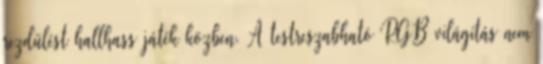
rezdülést hallhass játék közben. A testreszabható RGB világítás nem